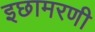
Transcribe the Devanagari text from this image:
इछामरणी